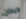
كمكان